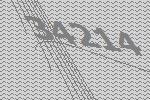
34214